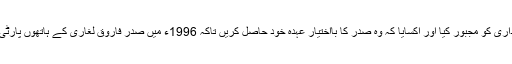
اصل میں یہ نواز شریف کا ضدی پن ہے جس نے زرداری کو مجبور کیا اور اکسایا کہ وہ صدر کا بااختیار عہدہ خود حاصل کریں تاکہ 1996ء میں صدر فاروق لغاری کے ہاتھوں پارٹی کو جس تلخ تجربے سے گزرنا پڑا اس کا اعادہ نہ ہو۔